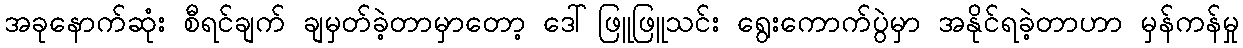
အခုနောက်ဆုံး စီရင်ချက် ချမှတ်ခဲ့တာမှာတော့ ဒေါ်ဖြူဖြူသင်း ရွေးကောက်ပွဲမှာ အနိုင်ရခဲ့တာဟာ မှန်ကန်မှု